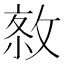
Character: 𢽮